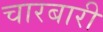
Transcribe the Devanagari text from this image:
चारबारी